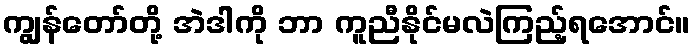
ကျွန်တော်တို့ အဲဒါကို ဘာ ကူညီနိုင်မလဲကြည့်ရအောင်။